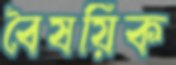
বৈষয়িক